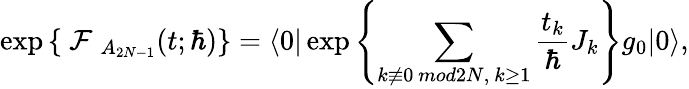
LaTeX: \exp\left\{ \mathrm{~\cal{F}~}_{A_{2N-1}}(t;\hbar)\right\} =\langle 0|\exp\left\{ \sum_{k\not\equiv 0~mod2N,~k\geq 1}\frac{t_{k}}{\hbar}J_{k}\right\} g_{0}|0\rangle,